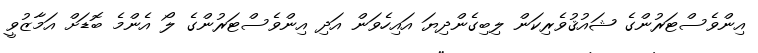
އިންވެސްޓަރުންގެ ޝައުޤުވެރިކަން ލިބިގެންދިޔަ އައިހެވަން އަދި އިންވެސްޓަރުންގެ ލޯ އެންމެ ބޮޑަށް އަމާޒުވީ